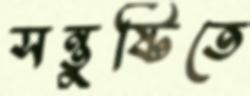
সন্তুষ্টিতে